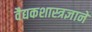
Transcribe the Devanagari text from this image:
वैद्यकशास्त्रज्ञाने